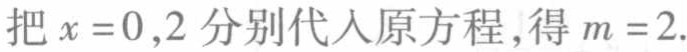
把\(x = 0,2\)分别代入原方程,得\(m = 2\).